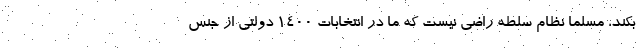
بکند، مسلما نظام سلطه راضي نيست که ما در انتخابات 1400 دولتي از جنس